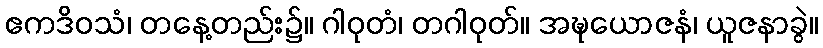
ဧကဒိဝသံ၊ တနေ့တည်း၌။ ဂါဝုတံ၊ တဂါဝုတ်။ အဍ္ဎယောဇနံ၊ ယူဇနာခွဲ။